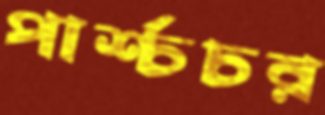
পার্শ্চচর